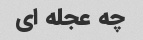
چه عجله ای